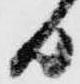
日